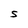
Character: S